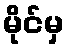
မိုင်မှ